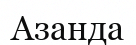
Азанда